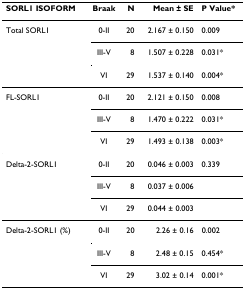
<table><thead><tr><td><b>SORL1 ISOFORM</b></td><td><b>Braak</b></td><td><b>N</b></td><td><b>Mean ± SE</b></td><td><b>P Value*</b></td></tr></thead><tbody><tr><td>Total SORL1</td><td>0-II</td><td>20</td><td>2.167 ± 0.150</td><td>0.009</td></tr><tr><td></td><td>III-V</td><td>8</td><td>1.507 ± 0.228</td><td>0.031*</td></tr><tr><td></td><td>VI</td><td>29</td><td>1.537 ± 0.140</td><td>0.004*</td></tr><tr><td>FL-SORL1</td><td>0-II</td><td>20</td><td>2.121 ± 0.150</td><td>0.008</td></tr><tr><td></td><td>III-V</td><td>8</td><td>1.470 ± 0.222</td><td>0.031*</td></tr><tr><td></td><td>VI</td><td>29</td><td>1.493 ± 0.138</td><td>0.003*</td></tr><tr><td>Delta-2-SORL1</td><td>0-II</td><td>20</td><td>0.046 ± 0.003</td><td>0.339</td></tr><tr><td></td><td>III-V</td><td>8</td><td>0.037 ± 0.006</td><td></td></tr><tr><td></td><td>VI</td><td>29</td><td>0.044 ± 0.003</td><td></td></tr><tr><td>Delta-2-SORL1 (%)</td><td>0-II</td><td>20</td><td>2.26 ± 0.16</td><td>0.002</td></tr><tr><td></td><td>III-V</td><td>8</td><td>2.48 ± 0.15</td><td>0.454*</td></tr><tr><td></td><td>VI</td><td>29</td><td>3.02 ± 0.14</td><td>0.001*</td></tr></tbody></table>